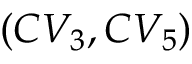
( C V _ { 3 } , C V _ { 5 } )